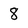
Character: 8